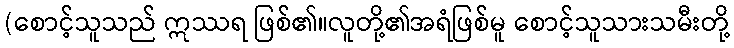
(စောင့်သူသည် ဣဿရ ဖြစ်၏။လူတို့၏အရံဖြစ်မူ စောင့်သူသားသမီးတို့